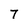
Character: 7